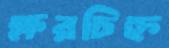
ক্ষরচিহ্ন